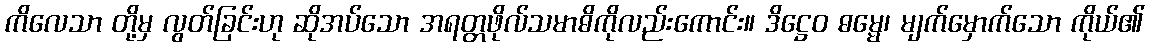
ကိလေသာ တို့မှ လွတ်ခြင်းဟု ဆိုအပ်သော အရတ္တဖိုလ်သမာဓိကိုလည်းကောင်း။ ဒိဋ္ဌေဝ ဓမ္မေ၊ မျက်မှောက်သော ကိုယ်၏